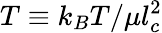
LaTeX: T\equiv k_{B}T/\mu l_{c}^{2}